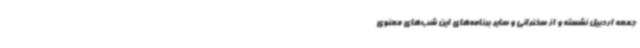
جمعه اردبیل نشسته و از سخنرانی و سایر برنامه‌های این شب‌های معنوی